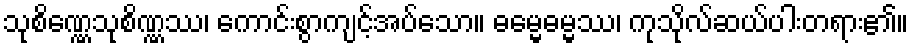
သုစိဏ္ဏေသုစိဏ္ဏဿ၊ ကောင်းစွာကျင့်အပ်သော။ ဓမ္မေဓမ္မဿ၊ ကုသိုလ်ဆယ်ပါးတရား၏။